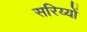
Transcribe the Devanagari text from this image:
सरिय्यों